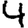
Digit: 4